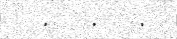
.   .   .